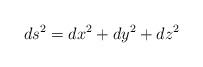
LaTeX: \begin{align*}ds^2=dx^2+dy^2+dz^2\end{align*}